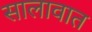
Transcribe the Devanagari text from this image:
सालावात